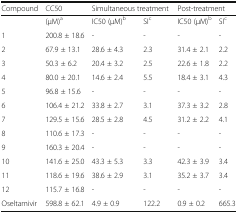
<table><thead><tr><td><b>Compound</b></td><td><b>CC50</b></td><td colspan="2"><b>Simultaneous treatment</b></td><td colspan="2"><b>Post-treatment</b></td></tr></thead><tbody><tr><td></td><td>(μM)<sup>a</sup></td><td>IC50 (μM)<sup>b</sup></td><td>SI<sup>c</sup></td><td>IC50 (μM)<sup>b</sup></td><td>SI<sup>c</sup></td></tr><tr><td>1</td><td>200.8 ± 18.6</td><td>-</td><td>-</td><td>-</td><td>-</td></tr><tr><td>2</td><td>67.9 ± 13.1</td><td>28.6 ± 4.3</td><td>2.3</td><td>31.4 ± 2.1</td><td>2.2</td></tr><tr><td>3</td><td>50.3 ± 6.2</td><td>20.4 ± 3.2</td><td>2.5</td><td>22.6 ± 1.8</td><td>2.2</td></tr><tr><td>4</td><td>80.0 ± 20.1</td><td>14.6 ± 2.4</td><td>5.5</td><td>18.4 ± 3.1</td><td>4.3</td></tr><tr><td>5</td><td>96.8 ± 15.6</td><td>-</td><td>-</td><td>-</td><td>-</td></tr><tr><td>6</td><td>106.4 ± 21.2</td><td>33.8 ± 2.7</td><td>3.1</td><td>37.3 ± 3.2</td><td>2.8</td></tr><tr><td>7</td><td>129.5 ± 15.6</td><td>28.5 ± 2.8</td><td>4.5</td><td>31.2 ± 2.2</td><td>4.1</td></tr><tr><td>8</td><td>110.6 ± 17.3</td><td>-</td><td>-</td><td>-</td><td>-</td></tr><tr><td>9</td><td>160.3 ± 20.4</td><td>-</td><td>-</td><td>-</td><td>-</td></tr><tr><td>10</td><td>141.6 ± 25.0</td><td>43.3 ± 5.3</td><td>3.3</td><td>42.3 ± 3.9</td><td>3.4</td></tr><tr><td>11</td><td>118.6 ± 19.6</td><td>38.6 ± 2.9</td><td>3.1</td><td>35.2 ± 3.7</td><td>3.4</td></tr><tr><td>12</td><td>115.7 ± 16.8</td><td>-</td><td>-</td><td>-</td><td>-</td></tr><tr><td>Oseltamivir</td><td>598.8 ± 62.1</td><td>4.9 ± 0.9</td><td>122.2</td><td>0.9 ± 0.2</td><td>665.3</td></tr></tbody></table>